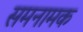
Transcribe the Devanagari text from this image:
समनामक